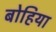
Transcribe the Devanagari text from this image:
बोहिया